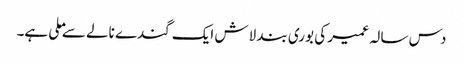
دس سالہ عمیر کی بوری بند لاش ایک گندے نالے سے ملی ہے۔